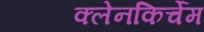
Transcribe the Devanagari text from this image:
क्लेनकिर्चेम